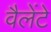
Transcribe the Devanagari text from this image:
वैलेंटे